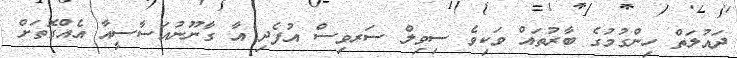
ދައުލަތް ހިންގުމުގެ ބާރުތައް ވަކިވެ ސިވިލް ސަރވިސް އުފެދި އާ ގާނޫނުއަސާސީއާ އެއްގޮތަށް